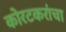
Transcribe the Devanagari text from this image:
कोरटकरांचा